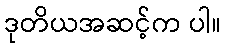
ဒုတိယအဆင့်က ပါ။